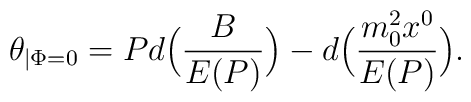
\theta_{\mid \Phi =0} =P d\Bigl(\frac{B}{E(P)}\Bigr)-d\Bigl(\frac{m_0^2x^0}{E({P})}\Bigr).